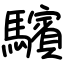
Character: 驞